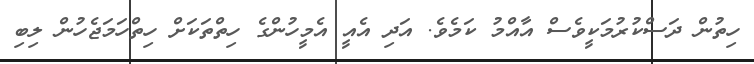
ހިތުން ދަސްކުރުމަކީވެސް އާއްމު ކަމެވެ. އަދި އެއީ އެމީހުންގެ ހިތްތަކަށް ހިތްހަމަޖެހުން ލިބި